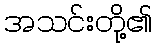
အသင်းတို့၏